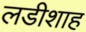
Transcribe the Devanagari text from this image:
लडीशाह